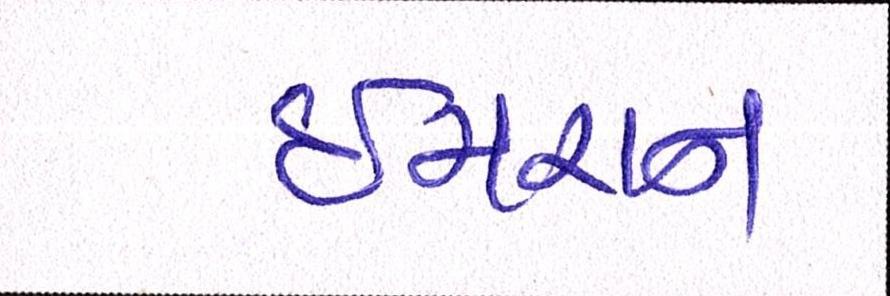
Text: ઈમરાન